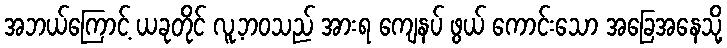
အဘယ်ကြောင့် ယခုတိုင် လူ့ဘဝသည် အားရ ကျေနပ် ဖွယ် ကောင်းသော အခြေအနေသို့